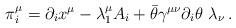
LaTeX: \begin{align*}\pi _i^\mu =\partial _ix^\mu -\lambda _1^\mu A_i+\bar{\theta}\gamma ^{\mu\nu }\partial _i\theta \,\,\lambda _\nu \,. \end{align*}